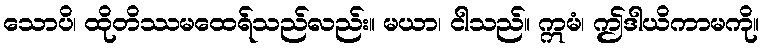
သောပိ၊ ထိုတိဿမထေရ်သည်လည်း။ မယာ၊ ငါသည်။ ဣမံ၊ ဤဒါယိကာမကို။